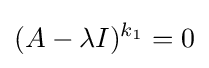
(A-\lambda I)^{k_{1}}=0